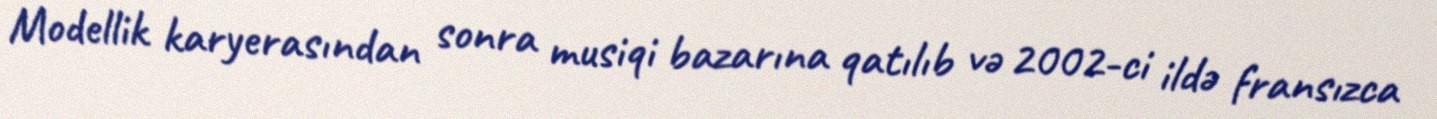
Modellik karyerasından sonra musiqi bazarına qatılıb və 2002-ci ildə fransızca